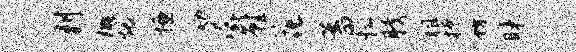
判棚煨慊劾潺鞋花蓄忙胯租撩坊昧